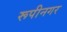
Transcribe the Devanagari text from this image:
रूपीनगर